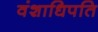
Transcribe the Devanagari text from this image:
वंशाधिपति